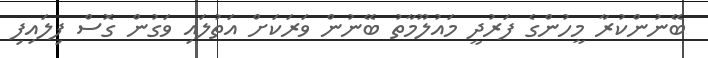
ބޭނުންކުރާ މީހުންގެ ފަރުދީ މައުލޫމާތު ބޭނުން ވަރަކަށް އަތުލައި ވަގުން ގޮސް ފިލައިފި